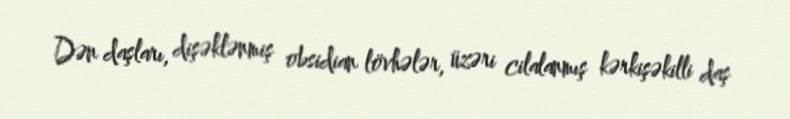
Dən daşları, dişəklənmiş obsidian lövhələr, üzəri cilalanmış kərkişəkilli daş